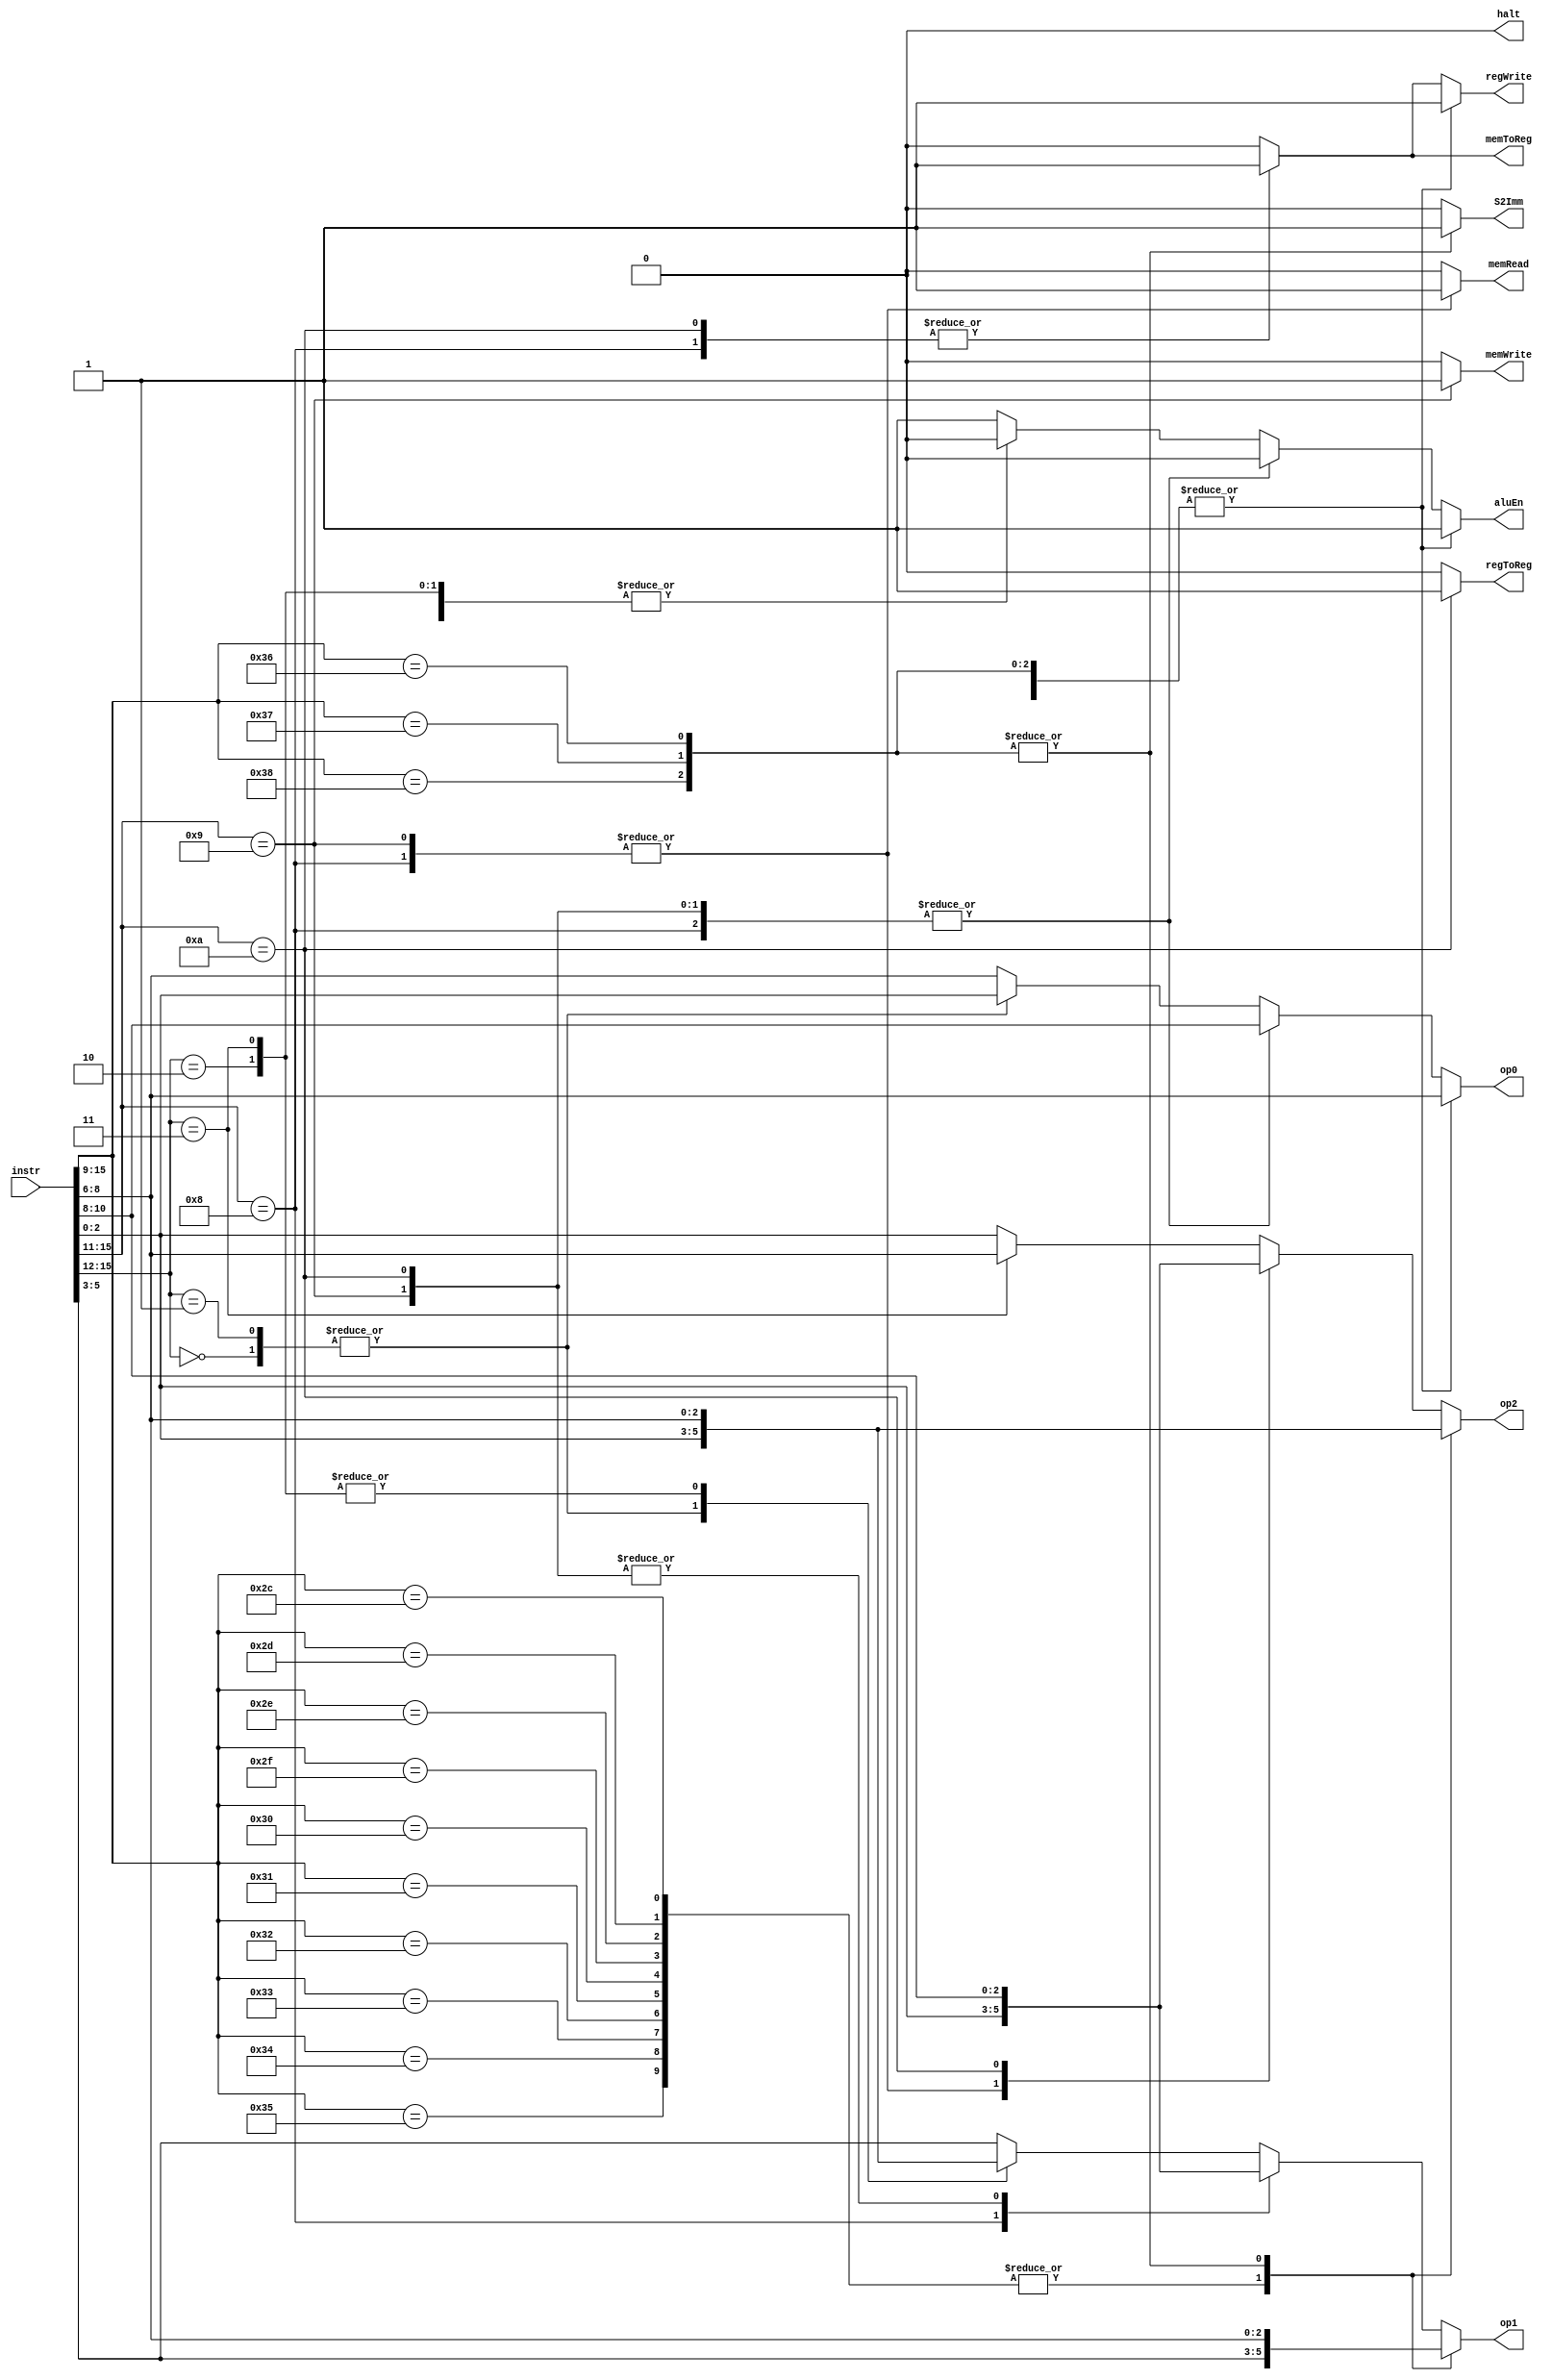
// designed dependent to bus widths
module control(
    input [15:0] instr,
    output reg memRead,
    output reg memWrite,
    output reg memToReg,
    output reg regToReg,
    output reg aluEn,
    output reg halt,
    output reg S2Imm,
    output reg regWrite,
    output reg [2:0] op0,
    output reg [2:0] op1,
    output reg [2:0] op2
);

always @(*) begin

    memRead = 0;
    memWrite = 0;
    memToReg = 0;
    regToReg = 0;
    aluEn = 1;
    halt = 0;
    S2Imm = 0;
    regWrite = 0;
    op0 = instr[8:6];
    op1 = instr[5:3];
    op2 = instr[2:0];

    case(instr[15:12])    // jump instruction group
        4'b0000: begin    // JMP op0
                     aluEn = 0;
                     op0 = instr[2:0];
                     op1 = instr[2:0];    // op0
                     op2 = instr[2:0];
                 end
        4'b0001: begin    // JMPR #offset
                     aluEn = 0;
                     op0 = instr[2:0];
                     op1 = instr[2:0];
                     op2 = instr[2:0];
                 end
        4'b0010: begin    // JMPcond op0 op1
                     aluEn = 0;
                     op0 = instr[8:6];
                     op1 = instr[8:6];    // op0
                     op2 = instr[2:0];    // op1
                 end
        4'b0011: begin    // JMPRcond op0 #offset
                     aluEn = 0;
                     op0 = instr[8:6];
                     op1 = instr[8:6];    // op0
                     op2 = instr[8:6];
                 end
    endcase

    case(instr[15:11])    // memory instructions
        5'b0100_0: begin    // LOAD op0 op1
                       memRead = 1;
                       memToReg = 1;
                       aluEn = 0;
                       regWrite = 1;
                       op0 = instr[10:8];    // op0
                       op1 = instr[2:0];    // op1
                       op2 = instr[2:0];
                   end
        5'b0100_1: begin    // STORE op0 op1
                       memRead = 1;
                       memWrite = 1;
                       aluEn = 0;
                       op0 = instr[10:8];
                       op1 = instr[10:8];    // op0
                       op2 = instr[2:0];    // op1
                   end
        5'b0101_0: begin    // LOADC op0 const
                       memToReg = 1;
                       regToReg = 1;
                       aluEn = 0;
                       regWrite = 1;
                       op0 = instr[10:8];
                       op1 = instr[10:8];
                       op2 = instr[10:8];
                   end
    endcase

    case(instr[15:9])    // alu instructions
        7'b0101_100,    // ADD op0 op1 op2
        7'b0101_101,    // ADDF2
        7'b0101_110,    // SUB
        7'b0101_111,    // SUBF2
        7'b0110_000,    // AND
        7'b0110_001,    // OR
        7'b0110_010,    // XOR
        7'b0110_011,    // NAND
        7'b0110_100,    // NOR
        7'b0110_101: begin    // NXOR op0 op1 op2
                         aluEn = 1;
                         S2Imm = 0;
                         regWrite = 1;
                         op0 = instr[8:6];
                         op1 = instr[5:3];
                         op2 = instr[2:0];
                     end
        7'b0110_110,    // SHIFTR op0 #val
        7'b0110_111,    // SHIFTRA op0 #val
        7'b0111_000: begin    // SHIFTL op0 #val
                         aluEn = 1;
                         S2Imm = 1;
                         regWrite = 1;
                         op0 = instr[8:6];
                         op1 = instr[8:6];    // |
                         op2 = instr[8:6];    // | not used
                     end
    endcase

    case(instr)
        32'b0111_0010_0000_0000_0000_0000_0000_0000: aluEn= 0;    // NOP
        32'b0111_0011_1111_1111_1111_1111_1111_1111: begin
                                                         aluEn= 0;
                                                         halt = 1;    // HALT
                                                     end
    endcase
end

endmodule